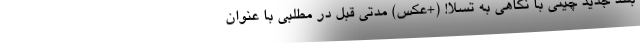
بلند جدید چینی با نگاهی به تسلا! (+عکس) مدتی قبل در مطلبی با عنوان